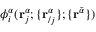
\phi _ { i } ^ { \alpha } ( \mathbf { r } _ { j } ^ { \alpha } ; \{ \mathbf { r } _ { / j } ^ { \alpha } \} ; \{ \mathbf { r } ^ { \bar { \alpha } } \} )